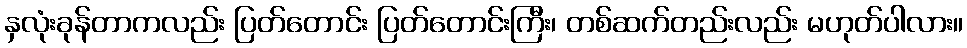
နှလုံးခုန်တာကလည်း ပြတ်တောင်း ပြတ်တောင်းကြီး၊ တစ်ဆက်တည်းလည်း မဟုတ်ပါလား။